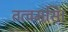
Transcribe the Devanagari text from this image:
तत्वमसि।